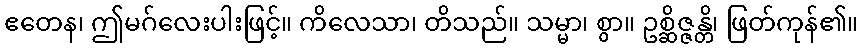
ဧတေန၊ ဤမဂ်လေးပါးဖြင့်။ ကိလေသာ၊ တိသည်။ သမ္မာ၊ စွာ။ ဥစ္ဆိဇ္ဇန္တိ၊ ဖြတ်ကုန်၏။